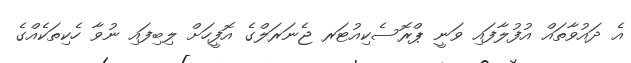
އެ ދައުވާތައް އުފުލާފައި ވަނީ ޕްރޮސެކިއުޓަރ ޖެނަރަލްގެ އޮފީހަށް ލިބިފައި ނުވާ ހެކިތަކެއްގެ